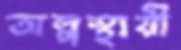
অল্পস্থায়ী